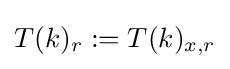
T(k)_{r}:=T(k)_{x,r}